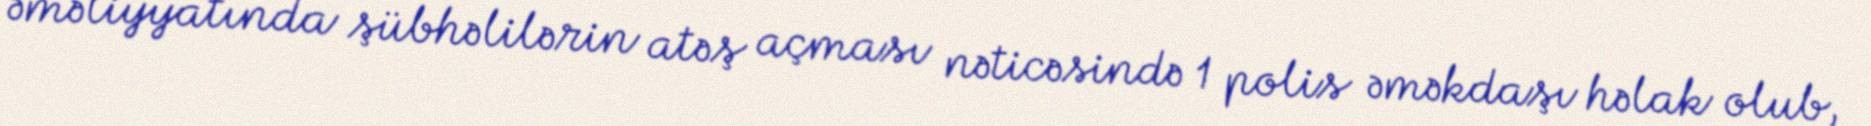
əməliyyatında şübhəlilərin atəş açması nəticəsində 1 polis əməkdaşı həlak olub,